King Institute of Preventive Medicine Micro-Biological Section reports 1912-19
Year: 1912
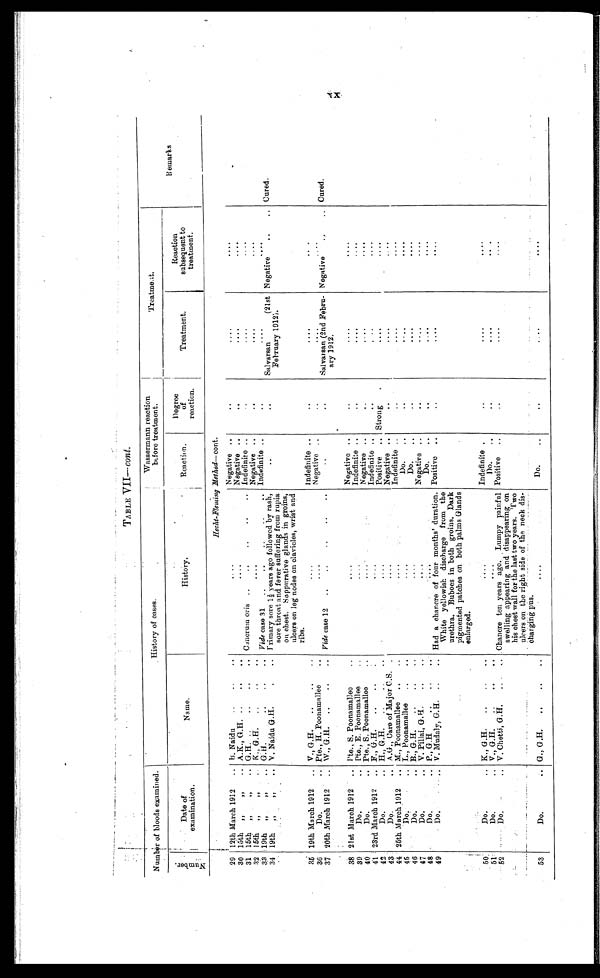
c o n t
.
Number of bloods examined.
History of cases.
Wassermann reaction
before treatment.
Treatment.
Remarks
Number.
Date of
examination.
Name.
History.
Rea ct i on.
Degree
of
reaction.
Treatment.
Reaction
subsequent to
treatment.
Hecht-Fleming Method—cont.
29 1 2 t h M a r c h 1 9 1 2 . . .
B. Naidu . . .
. . .
Negative . . .
. . .
. . .
. . .
30 15th " " . . . A.K., G.H. . . .
. . .
Negative . . .
. . .
. . .
. . .
31 15th " " . . .
G.H. . . .
Caneruum oris . . . Indefinite . . .
. . .
. . .
. . .
3 2 15th " " . . . K., G.H. . . .
. . .
Negative . . .
. . .
. . .
. . .
33 19th " " . . . G.H. . . .
Vide case 31 . . . Indefinite . . .
. . .
. . .
. . .
34 19th " " . . . V. Naidu G.H. . . .
Frimary sore 1½ years ago followed by rash,
sore throat and fever suffering from rupia
on chest. Soppurative glands in groins,
ulcers on leg nodes on clavicles, wrist and
ribs.
. . .
. . .
Salvarsan (21st
February 1912).
Negative . . .
Cured.
35 19th March 1912 . . . V., G.H. . . .
. . .
Indefinite . . .
. . .
. . .
. . .
36
Do. . . . Pte., H. Poonamallee . . .
. . .
Negative . . .
. . .
. . .
. . .
37 20th March 1912
. . . W., G.H. . . .
Vide case 12 . . .
. . .
. . .
Salvarsan (2nd Febru-
ary 1912.
Negative . . .
Cured.
38 21st March 1912 . . . Pte., S. Poonamallee . . .
. . .
Negative . . .
. . .
. . .
. . .
39
Do. . . . Pte., E. Poonamallee . . .
. . .
Indefinite . . .
. . .
. . .
. . .
40
Do. . . . Pte., S. Poonamallee . . .
. . .
Negative . . .
. . .
. . .
. . .
4 1 23rd March 1912 . . . F., G.H. . . .
. . .
Indefinite . . .
. . .
. . .
. . .
42
Do. . . . H., G.H. . . .
. . .
Positive . . . Strong . . .
. . .
. . .
43
Do. . . . A. G. Care of Major C.S. . . .
. . .
Negative . . .
. . .
. . .
. . .
44 25th March 1912 . . . M., Poonamallee . . .
. . .
Indefinite . . .
. . .
. . .
. . .
45
D o . . . .
L., Poonamallee . . .
. . .
Do. . . .
. . .
. . .
. . .
46
Do. . . . B., G.H. . . .
. . .
Do. . . .
. . .
. . .
. . .
47
Do. . . . V. Pillai, G.H. . . .
. . .
Negative . . .
. . .
. . .
. . .
48
Do. . . . P., G.H. . . .
. . .
D o . . . .
. . .
. . .
. . .
49
D o . . . .
V. Mudaly, G.H. . . .
Had a chancre of four months' duration.
White yellowish discharge from the
urethra. Buboes in both groins. Dark
pigmented patches on both palms Glands
enlarged.
Positive . . .
. . .
. . .
. . .
50
Do. . . . K., G.H. . . .
. . . Indefinite . . .
. . .
. . .
. . .
51
Do. . . . V., G.H. . . .
. . .
Do. . . .
. . .
. . .
. . .
52
Do. . . . V. Chetti, G.H. . . .
Chancre ten years ago. Lumpy painful
swelling appearing and disappearing on
his chest wall for the last two years. T wo
ulcers on the right side of the neck dis
-charging pus.
Positive . . .
. . .
. . .
. . .
53
Do. . . . G., G.H. . . .
. . .
Do. . . .
. . .
. . .
XX